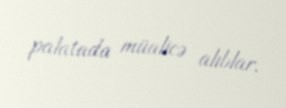
palatada müalicə alıblar.